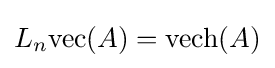
L_{n}\mathrm {vec} (A)=\mathrm {vech} (A)